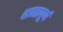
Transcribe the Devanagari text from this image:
शत्रतापूर्ण